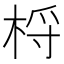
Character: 㭩